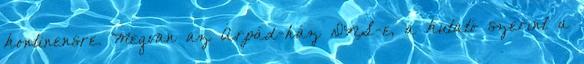
kontinensre. Megvan az Árpád-ház DNS-e, a kutató szerint a